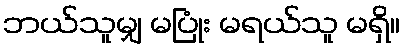
ဘယ်သူမျှ မပြုံး မရယ်သူ မရှိ။